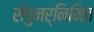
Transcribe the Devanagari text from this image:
सेपुनर्निमित